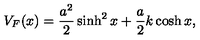
V _ { F } ( x ) = \frac { a ^ { 2 } } 2 \sinh ^ { 2 } x + \frac a 2 k \cosh x ,